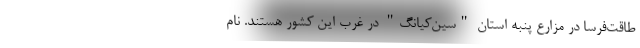
طاقت‌فرسا در مزارع پنبه استان "سین‌کیانگ" در غرب این کشور هستند. نام